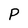
Character: P